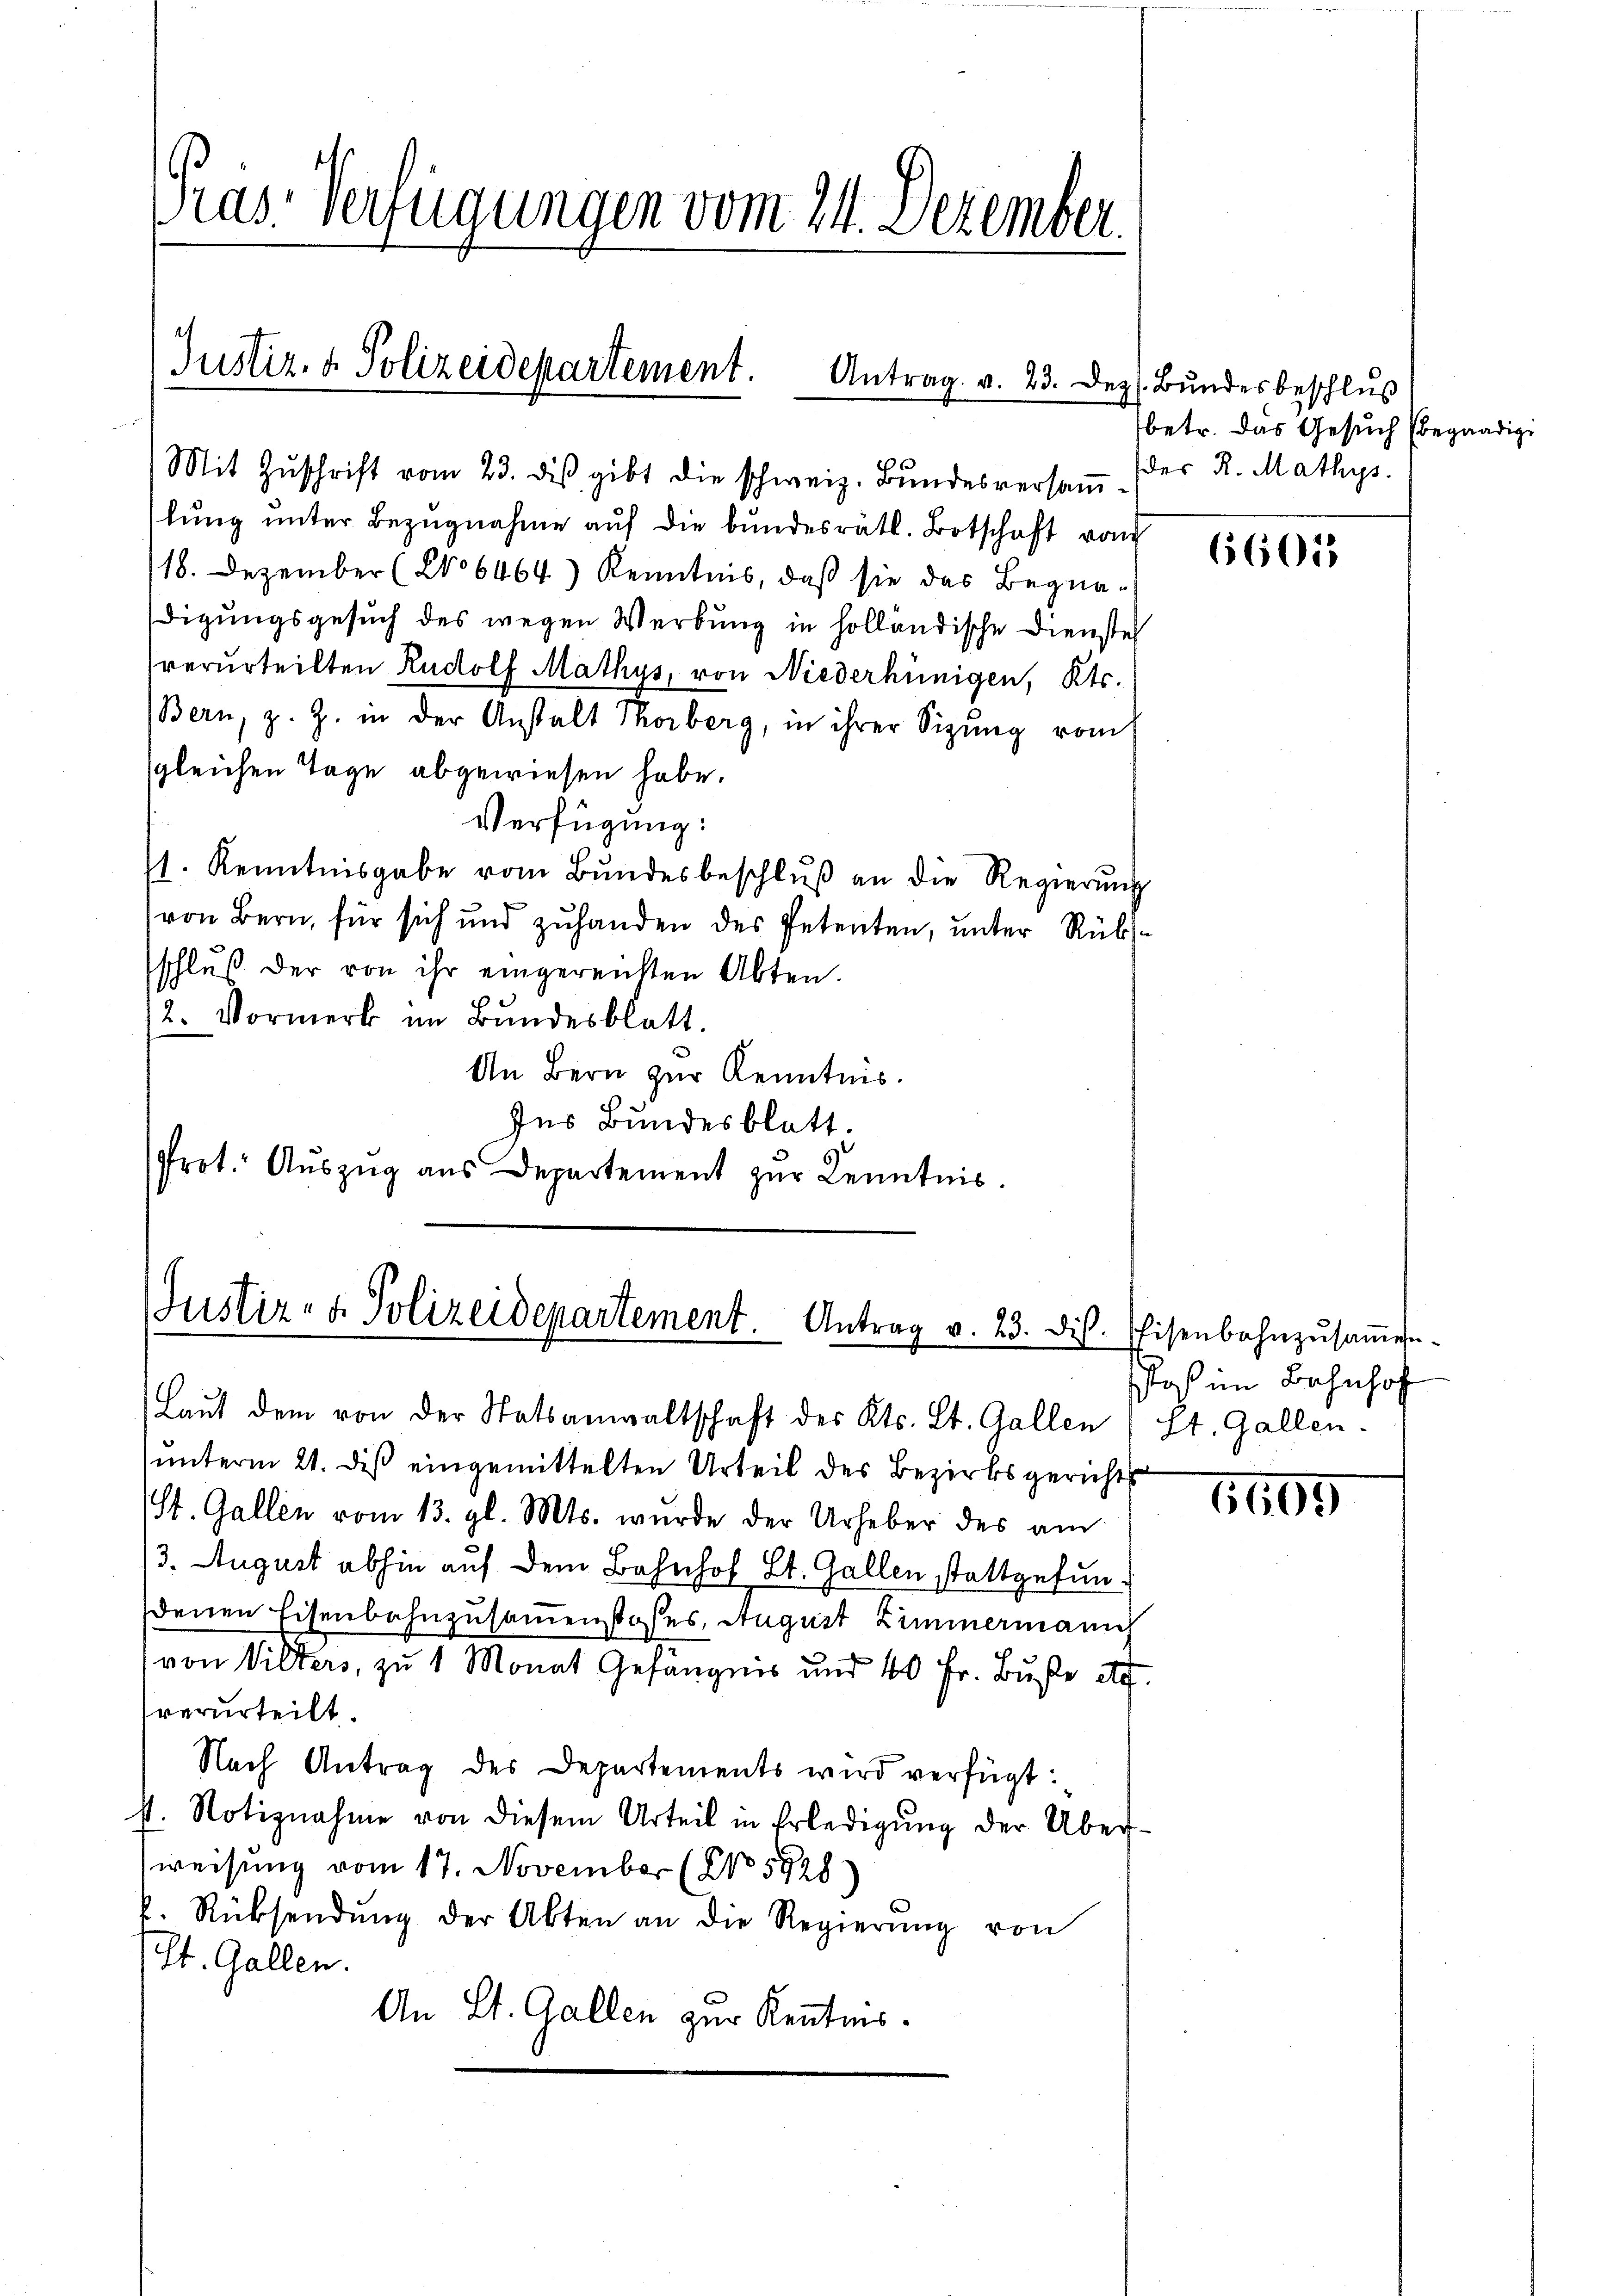
Präs. Verfügungen vom 24. Dezember.

Justiz- & Polizeidepartement. Antrag v. 23. Dez. Bŭndesbeschlŭs

Mit Zŭschrift vom 23. des gibt die schweiz. Bundesversamtŭng ŭnter Bezŭgnahme aŭf die bŭndesrätl. Botschaft von
118. Dezember (No 6464) Kenntnis, daß sie das Begnadigungsgesuch des wegen Werbung in holländische Dienstel
verurteilten Rudolf Mathys, von Niederhünigen, Kts.
Bern, z. Z. in der Anstalt Thorberg, in ihrer Sizŭng vom
sgleichen Tage abgewiesen habe.
Verfügung:
1. Kenntnisgabe vom Bŭndesbeschlŭβ an die Regierŭng
von Bern, für sich und zuhanden des Petenten, unter Rüksschlŭβ der von ihr eingereichten Akten.
2. Vormerk im Bŭndesblatt.
An Bern zur Kenntnis.
Ins Bundesblatt.
Prot. Auszug aus Departement zur Kenntnis.

Justiz- & Polizeidepartement. Antrag v. 23. dis. Eisenbahnzŭsaṁen
Laut dem von der Statsanwaltschaft des Kts. Lt. Gallen 1 St. Gallen

ŭnterm 21. des eingemittelten Urteil des Bezirksgericht
St. Gallen vom 13. gl. Mts. wurde der Urheber des am
/3. August abhin auf dem Bahnhof St. Gallen stattgefundenen Eisenbahnzusammenstoßes, August Zimmermann
von Vilters, zu 1 Monat Gefängnis und 40 Fr. Buße etc.
verurteilt.
Nach Antrag des Departements wird verfügt:
st. Notiznahme von diesem Urteil in Erledigŭng der Über-
weisung vom 17. November (NNo 5928)
f. Rücksendŭng der Abten an die Regierŭng von
St. Gallen.
An Lt. Gallen zur Kenntnis.

betr. das Gesuch begnadigi
des R. Mathys.

66055

slos im Bahnhof

1195